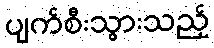
ပျက်စီးသွားသည့်